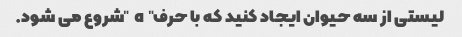
لیستی از سه حیوان ایجاد کنید که با حرف "a" شروع می شود.